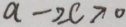
a - \geq c > 0